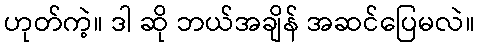
ဟုတ်ကဲ့။ ဒါ ဆို ဘယ်အချိန် အဆင်ပြေမလဲ။